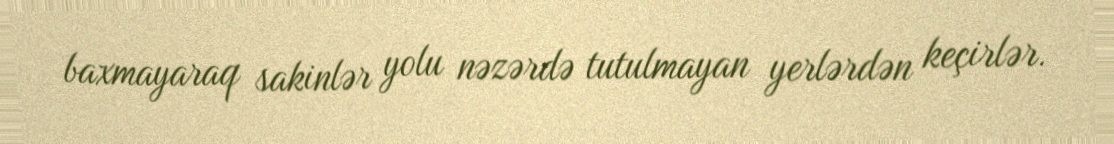
baxmayaraq sakinlər yolu nəzərdə tutulmayan yerlərdən keçirlər.